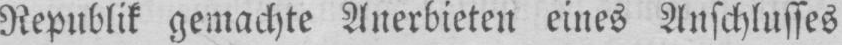
Republik gemachte Anerbieten eines Anschlusses